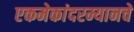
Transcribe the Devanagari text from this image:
एकमेकांदरम्यानचे